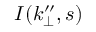
I ( k _ { \perp } ^ { \prime \prime } , s )